Reports on military cantonments and civil stations in the Presidency of Bombay inspected by the Sanitary Commissioner in the years 1875 and 1876
Year: 1875
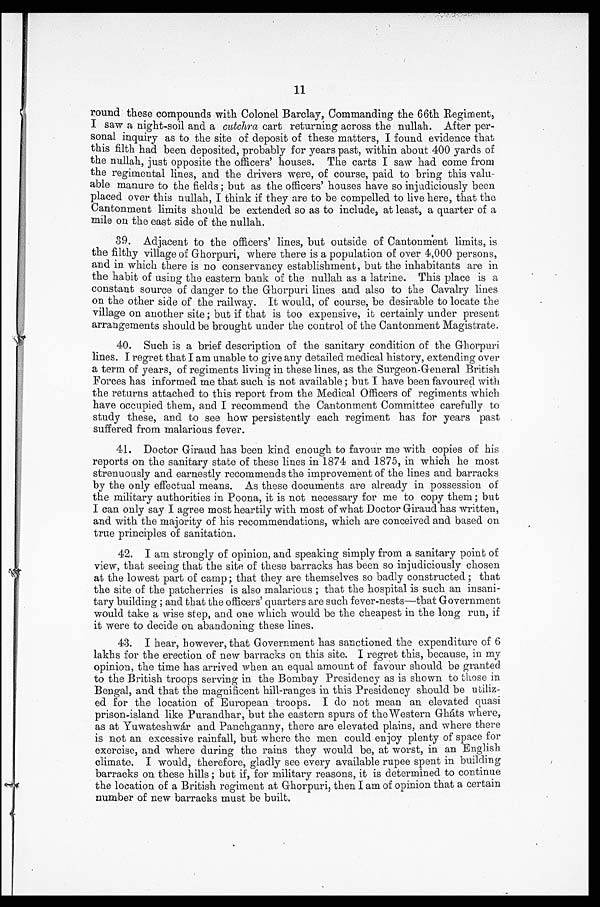
11
round these compounds with Colonel Barclay, Commanding the 66th Regiment,
I saw a night-soil and a cutchra cart returning across the nullah. After per-
sonal inquiry as to the site of deposit of these matters, I found evidence that
this filth had been deposited, probably for years past, within about 400 yards of
the nullah, just opposite the officers' houses. The carts I saw had come from
the regimental lines, and the drivers were, of course, paid to bring this valu-
able manure to the fields; but as the officers' houses have so injudiciously been
placed over this nullah, I think if they are to be compelled to live here, that the
Cantonment limits should be extended so as to include, at least, a quarter of a
mile on the east side of the nullah.
39. Adjacent to the officers' lines, but outside of Cantonment limits, is
the filthy village of Ghorpuri, where there is a population of over 4,000 persons,
and in which there is no conservancy establishment, but the inhabitants are in
the habit of using the eastern bank of the nullah as a latrine. This place is a
constant source of danger to the Ghorpuri lines and also to the Cavalry lines
on the other side of the railway. It would, of course, be desirable to locate the
village on another site; but if that is too expensive, it certainly under present
arrangements should be brought under the control of the Cantonment Magistrate.
40. Such is a brief description of the sanitary condition of the Ghorpuri
lines. I regret that I am unable to give any detailed medical history, extending over
a term of years, of regiments living in these lines, as the Surgeon-General British
Forces has informed me that such is not available; but I have been favoured with
the returns attached to this report from the Medical Officers of regiments which
have occupied them, and I recommend the Cantonment Committee carefully to
study these, and to see how persistently each regiment has for years past
suffered from malarious fever.
41. Doctor Giraud has been kind enough to favour me with copies of his
reports on the sanitary state of these lines in 1874 and 1875, in which he most
strenuously and earnestly recommends the improvement of the lines and barracks
by the only effectual means. As these documents are already in possession of
the military authorities in Poona, it is not necessary for me to copy them; but
I can only say I agree most heartily with most of what Doctor Giraud has written,
and with the majority of his recommendations, which are conceived and based on
true principles of sanitation.
42. I am strongly of opinion, and speaking simply from a sanitary point of
view, that seeing that the site of these barracks has been so injudiciously chosen
at the lowest part of camp; that they are themselves so badly constructed; that
the site of the patcherries is also malarious; that the hospital is such an insani--
tary building; and that the officers' quarters are such fever-nests—that Government
would take a wise step, and one which would be the cheapest in the long run, if
it were to decide on abandoning these lines.
43. I hear, however, that Government has sanctioned the expenditure of 6
lakhs for the erection of new barracks on this site. I regret this, because, in my
opinion, the time has arrived when an equal amount of favour should be granted
to the British troops serving in the Bombay Presidency as is shown to those in
Bengal, and that the manificent hill-ranges in this Presidency should be ualiz-
ed for the location of European troops. I do not mean an elevated quasi
prison-island like Purandhar, but the eastern spurs of the Western Gháts where,
as at Yuwateshwár and Panchganny, there are elevated plains, and where there
is not an excessive rainfall, but where the men could enjoy plenty of space for
exercise, and where during the rains they would be, at worst, in an English
climate. I would, therefore, gladly see every available rupee spent in building
barracks on these hills; but if, for military reasons, it is determined to continue
the location of a British regiment at Ghorpuri, then I am of opinion that a certain
number of new barracks must be built.